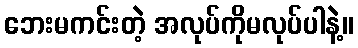
ဘေးမကင်းတဲ့ အလုပ်ကိုမလုပ်ပါနဲ့။